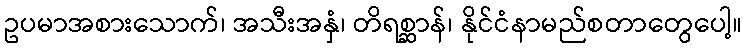
ဥပမာအစားသောက်၊ အသီးအနှံ၊ တိရစ္ဆာန်၊ နိုင်ငံနာမည်စတာတွေပေါ့။